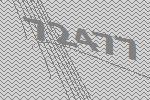
72477